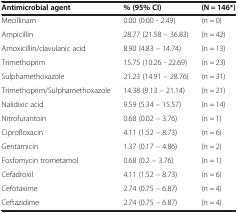
<table><thead><tr><td><b>Antimicrobial agent</b></td><td><b>% (95% CI)</b></td><td><b>(N = 146*)</b></td></tr></thead><tbody><tr><td>Mecillinam</td><td>0.00 (0.00 - 2.49)</td><td>(n = 0)</td></tr><tr><td>Ampicillin</td><td>28.77 (21.58 – 36.83)</td><td>(n = 42)</td></tr><tr><td>Amoxicillin/clavulanic acid</td><td>8.90 (4.83 – 14.74)</td><td>(n = 13)</td></tr><tr><td>Trimethoprim</td><td>15.75 (10.26 - 22.69)</td><td>(n = 23)</td></tr><tr><td>Sulphamethoxazole</td><td>21.23 (14.91 – 28.76)</td><td>(n = 31)</td></tr><tr><td>Trimethoprim/Sulphamethoxazole</td><td>14.38 (9.13 – 21.14)</td><td>(n = 21)</td></tr><tr><td>Nalidixic acid</td><td>9.59 (5.34 – 15.57)</td><td>(n = 14)</td></tr><tr><td>Nitrofurantoin</td><td>0.68 (0.02 – 3.76)</td><td>(n = 1)</td></tr><tr><td>Ciprofloxacin</td><td>4.11 (1.52 – 8.73)</td><td>(n = 6)</td></tr><tr><td>Gentamicin</td><td>1.37 (0.17 – 4.86)</td><td>(n = 2)</td></tr><tr><td>Fosfomycin trometamol</td><td>0.68 (0.2 – 3.76)</td><td>(n = 1)</td></tr><tr><td>Cefadroxil</td><td>4.11 (1.52 – 8.73)</td><td>(n = 6)</td></tr><tr><td>Cefotaxime</td><td>2.74 (0.75 – 6.87)</td><td>(n = 4)</td></tr><tr><td>Ceftazidime</td><td>2.74 (0.75 – 6.87)</td><td>(n = 4)</td></tr></tbody></table>